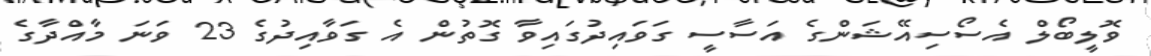
ވޮލީބޯލް އެސޯސިއޭޝަންގެ އަސާސީ ގަވައިދުގައިވާ ގޮތުން އެ ގަވާއިދުގެ 23 ވަނަ މާއްދާގެ